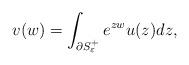
LaTeX: \begin{align*}v(w) = \int_{\partial S_{\varepsilon}^+} e^{zw} u(z)dz,\end{align*}